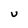
Character: U